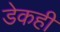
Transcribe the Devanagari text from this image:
डेकही